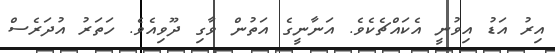
އިރު އަޑު އިވުނީ އެކައްޗެކެވެ. އަނާނީގެ އަތުން ވާގި ދޫވިއެވެ. ހަތަރު އުދަރެސް